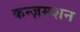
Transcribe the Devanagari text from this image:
कन्ज़म्प्शन